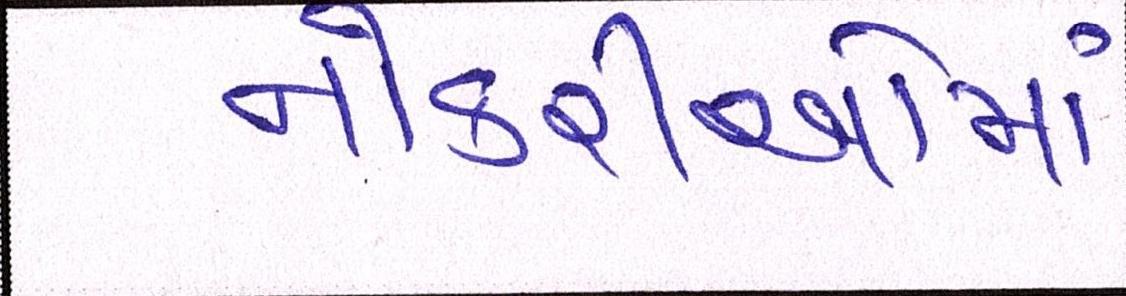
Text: નોકરીઓમાં